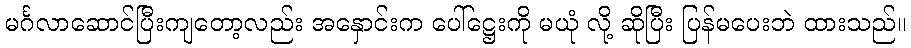
မင်္ဂလာဆောင်ပြီးကျတော့လည်း အနှောင်းက ပေါ်ဋ္ဌေးကို မယုံ လို့ ဆိုပြီး ပြန်မပေးဘဲ ထားသည်။